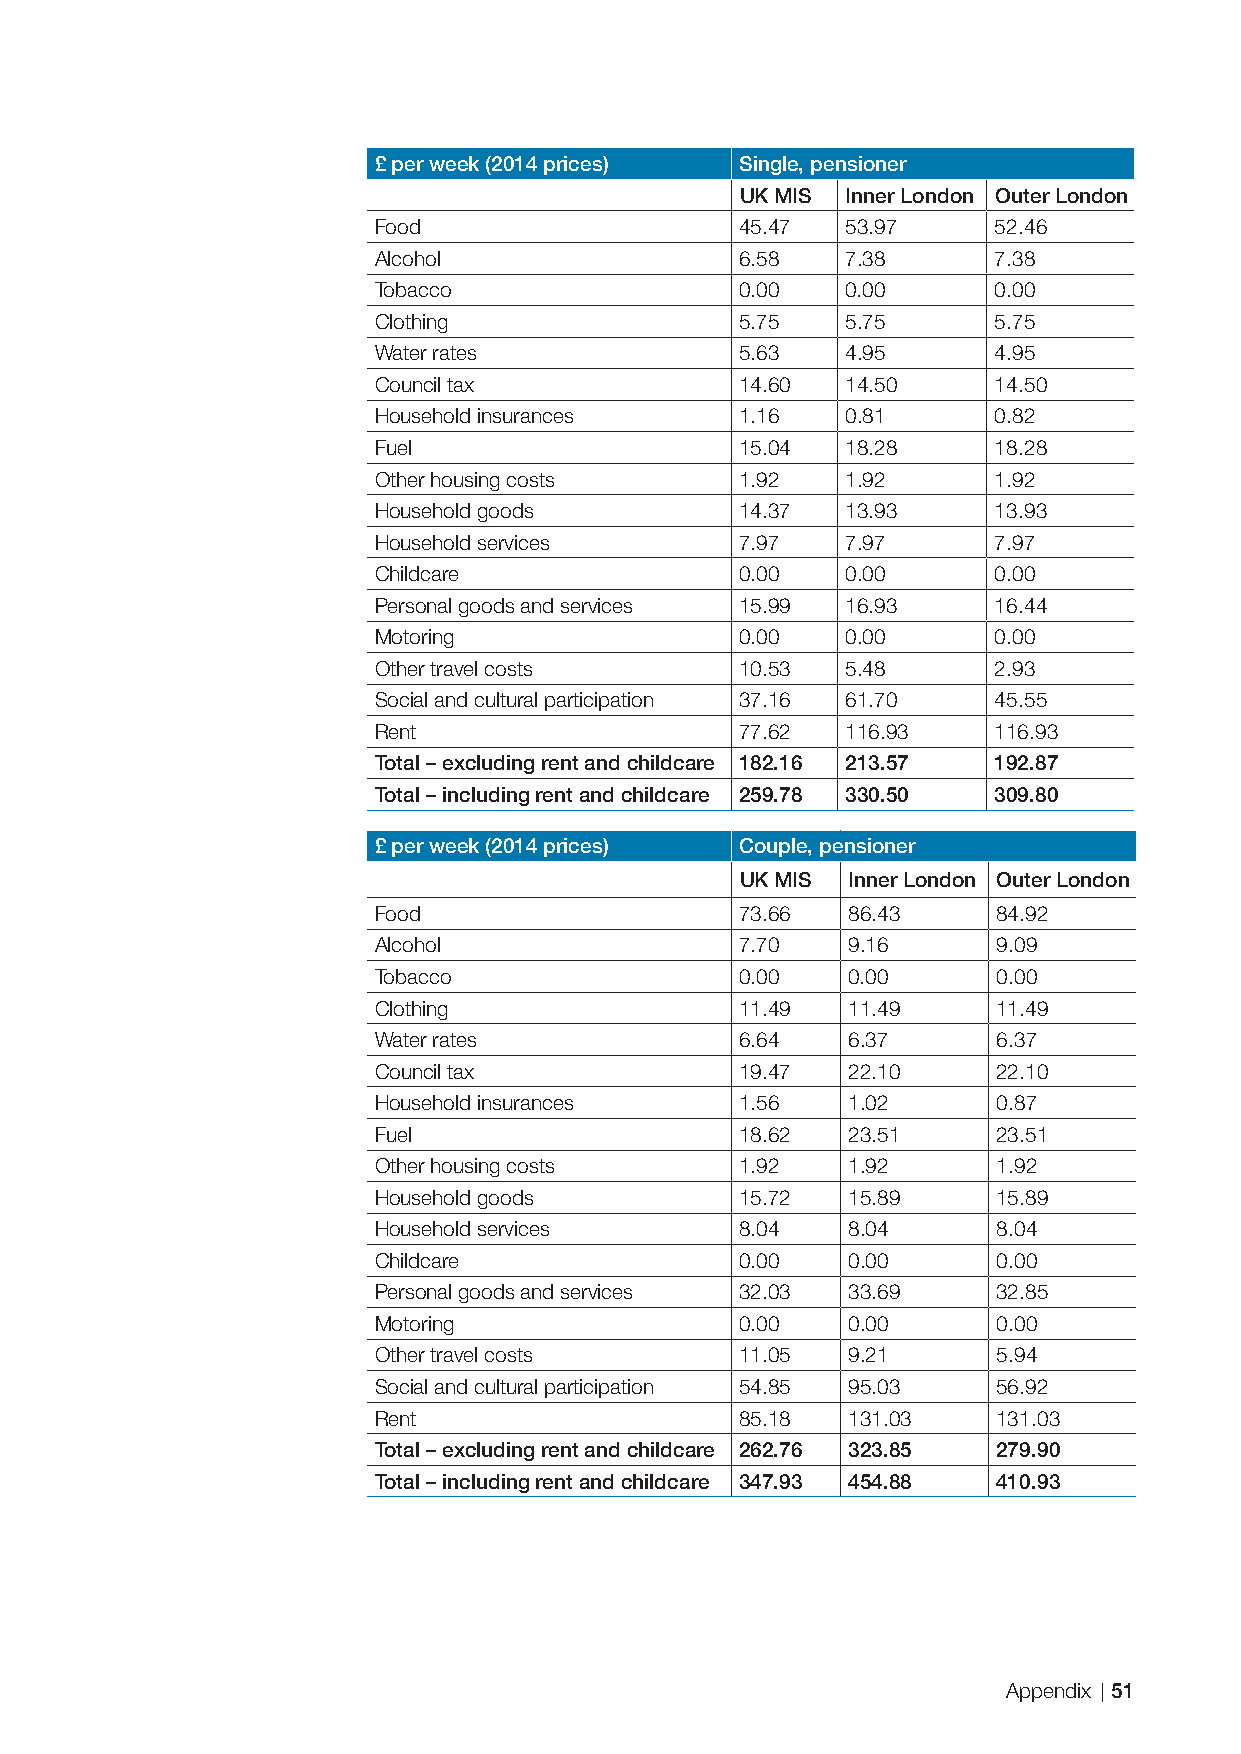
£ per week (2014 prices) Single, pensioner
 UK MIS Inner London Outer London
 Food                    45.47  53.97     52.46
 Alcohol                 6.58   7.38      7.38
 Tobacco                 0.00   0.00      0.00
 Clothing                5.75   5.75      5.75
 Water rates             5.63   4.95      4.95
 Council tax             14.60  14.50     14.50
 Household insurances    1.16   0.81      0.82
 Fuel                    15.04  18.28     18.28
 Other housing costs     1.92   1.92      1.92
 Household goods         14.37  13.93     13.93
 Household services      7.97   7.97      7.97
 Childcare               0.00   0.00      0.00
 Personal goods and services 15.99 16.93  16.44
 Motoring                0.00   0.00      0.00
 Other travel costs      10.53  5.48      2.93
 Social and cultural participation 37.16 61.70 45.55
 Rent                    77.62  116.93    116.93
 Total – excluding rent and childcare 182.16 213.57 192.87
 Total – including rent and childcare 259.78 330.50 309.80
 £ per week (2014 prices) Couple, pensioner
 UK MIS Inner London Outer London
 Food                    73.66  86.43     84.92
 Alcohol                 7.70   9.16      9.09
 Tobacco                 0.00   0.00      0.00
 Clothing                11.49  11.49     11.49
 Water rates             6.64   6.37      6.37
 Council tax             19.47  22.10     22.10
 Household insurances    1.56   1.02      0.87
 Fuel                    18.62  23.51     23.51
 Other housing costs     1.92   1.92      1.92
 Household goods         15.72  15.89     15.89
 Household services      8.04   8.04      8.04
 Childcare               0.00   0.00      0.00
 Personal goods and services 32.03 33.69  32.85
 Motoring                0.00   0.00      0.00
 Other travel costs      11.05  9.21      5.94
 Social and cultural participation 54.85 95.03 56.92
 Rent                    85.18  131.03    131.03
 Total – excluding rent and childcare 262.76 323.85 279.90
 Total – including rent and childcare 347.93 454.88 410.93
 Appendix 51